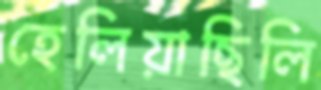
হেলিয়াছিলি